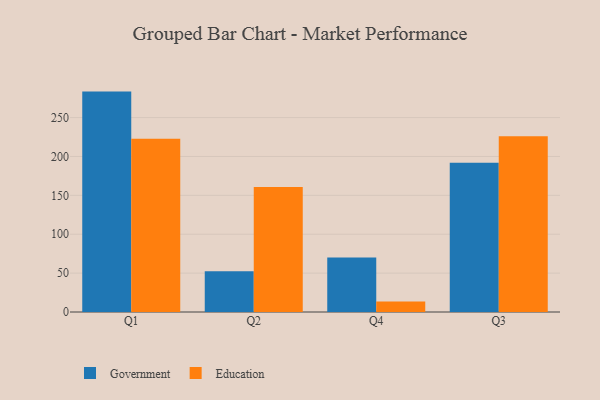
{"axis": {"x": "Quarter", "y": "Waste Production (Tons)"}, "legend": ["Education", "Government"], "data": [{"x": "Q1", "y": 283.4, "type": "Government"}, {"x": "Q1", "y": 222.7, "type": "Education"}, {"x": "Q2", "y": 52.3, "type": "Government"}, {"x": "Q2", "y": 160.7, "type": "Education"}, {"x": "Q4", "y": 70.1, "type": "Government"}, {"x": "Q4", "y": 13.6, "type": "Education"}, {"x": "Q3", "y": 191.9, "type": "Government"}, {"x": "Q3", "y": 225.9, "type": "Education"}]}